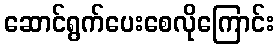
ဆောင်ရွက်ပေးစေလိုကြောင်း